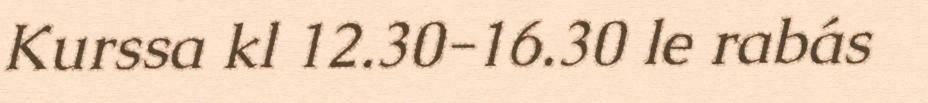
Kurssa kl 12.30-16.30 le rabás